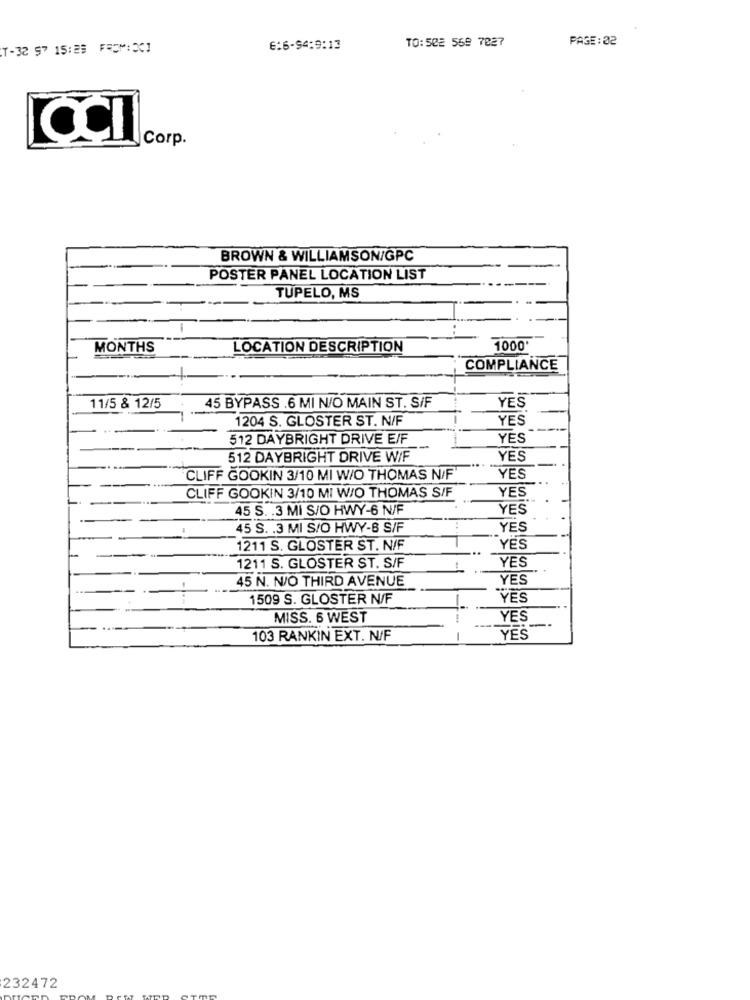
TO: 502 569 7827
PAGE: 32
T-32 97 15:29 FROM:3CI
6:6-94:9:13
CCI
Corp.
BROWN & WILLIAMSON/GPC
POSTER PANEL LOCATION LIST
TUPELO, MS
MONTHS
LOCATION DESCRIPTION
1000
COMPLIANCE
11/5 & 12/5
45 BYPASS .6 MI N/O MAIN ST. S/F
YES
1204 S. GLOSTER ST. N/F
YES
512 DAYBRIGHT DRIVE E/F
YES
512 DAYBRIGHT DRIVE W/F
YES
CLIFF GOOKIN 3/10 MI W/O THOMAS N/F.
YES
CLIFF GOOKIN 3/10 MI W/O THOMAS S/F
YES
45 S. . 3 MI S/O HWY-6 N/F
YES
45 S. . 3 MI S/O HWY-B S/F
YES
1211 S. GLOSTER ST. N/F
YES
YES
1211 S. GLOSTER ST. S/F
45 N. N/O THIRD AVENUE
YES
1509 S. GLOSTER N/F
YES
MISS. 6 WEST
!
YES
103 RANKIN EXT. N/F
1
YES
232472